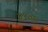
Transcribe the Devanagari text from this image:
४८०९